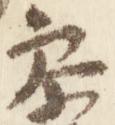
参